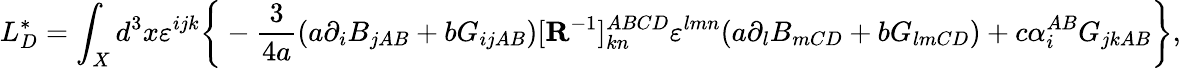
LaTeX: L_{D}^{\ast}=\int_{X}d^{3}x\varepsilon^{ijk}\bigg\{ -{\frac{3}{4a}}(a\partial_{i}B_{jAB}+bG_{ijAB})[{\mathbf R}^{-1}]_{kn}^{ABCD}\varepsilon^{lmn}(a\partial_{l}B_{mCD}+bG_{lmCD})+c\alpha_{i}^{AB}G_{jkAB}\bigg\} ,